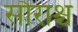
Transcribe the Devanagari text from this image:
सौराश्च